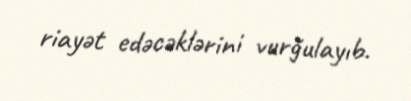
riayət edəcəklərini vurğulayıb.